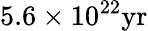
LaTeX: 5.6\times 10^{22}\mathrm{yr}